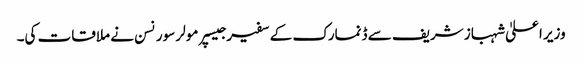
وزیر اعلیٰ شہباز شریف سے ڈنمارک کے سفیر جیسپر مولر سورنسن نے ملاقات کی۔